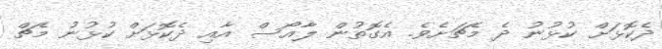
ދެކޮޅަށް ކުޅުނު ދެ މެޗަށެވެ. އެގޮތުން ލާއޯސް އާއި ދެކޮޅަށް ކުޅުނު މެޗް